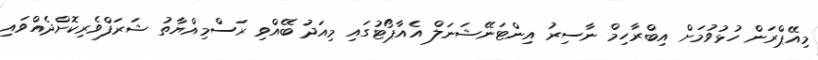
މިއޭޕްރަން ހުޅުވުމަށް އިބްރާހިމް ނާސިރު އިންޓަނޭޝަނަލް އެއާޕޯޓުގައި މިއަދު ބޭއްވި ރަސްމިއްޔާތު ޝަރަފްވެރިކޮށްދެއްވައި